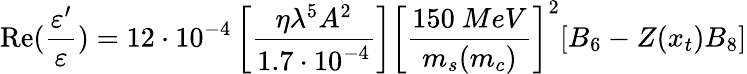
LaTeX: \mathrm{Re}(\frac{\varepsilon^{\prime}}{\varepsilon})=12\cdot 10^{-4}\left[\frac{\eta\lambda^{5}A^{2}}{1.7\cdot 10^{-4}}\right]\left[\frac{150~MeV}{m_{s}(m_{c})}\right]^{2}[B_{6}-Z(x_{t})B_{8}]